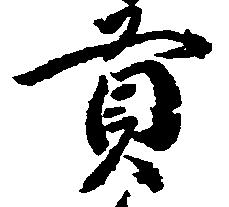
貢